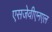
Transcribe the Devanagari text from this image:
एसजेवीएनएल